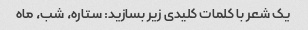
یک شعر با کلمات کلیدی زیر بسازید: ستاره، شب، ماه